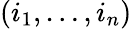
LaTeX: (i_{1},\dots,i_{n})